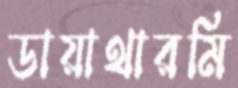
ডায়াথারমি